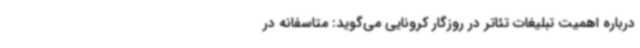
درباره اهمیت تبلیغات تئاتر در روزگار کرونایی می‌گوید: متاسفانه در